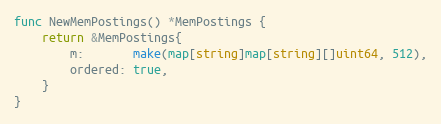
Language: Go
func NewMemPostings() *MemPostings {
	return &MemPostings{
		m:       make(map[string]map[string][]uint64, 512),
		ordered: true,
	}
}